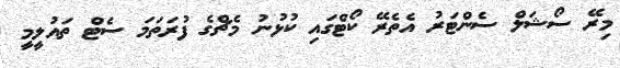
މިރޭ ސޯޝަލް ސެންޓަރު އެތެރޭ ކޯޓްގައި ކުޅުނު މެޗްގެ ފުރަތަމަ ސެޓް ތައުލީމީ